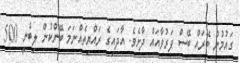
ގައުމުން ބޭރައް ބޭސް ފަރުވާއައް ދާށެވެ. އާދައިގެ ރައްޔިތެއްނަމަ ބޭންކުން ލިބެނީ 500